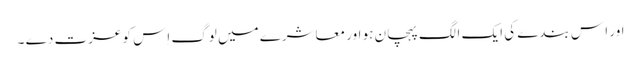
اور اِ س بندے کی ایک الگ پہچان ہو اور معاشرے میں لوگ اِس کو عزت دے ۔